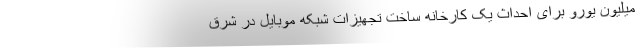
میلیون یورو برای احداث یک کارخانه ساخت تجهیزات شبکه موبایل در شرق